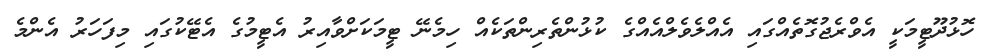
ހޮޅުދޫޓީމަކީ އެވްރެޖުގޮތެއްގައި އެއްލެވެލްއެއްގެ ކުޅުންތެރިންތަކެއް ހިމެނޭ ޓީމަކަށްވާއިރު އެޓީމުގެ އެޓޭކުގައި މިފަހަރު އެންމެ